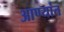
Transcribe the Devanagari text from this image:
आण्यांत